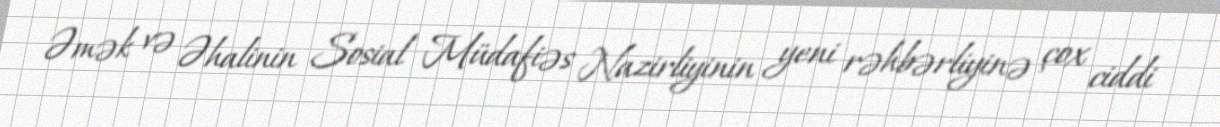
Əmək və Əhalinin Sosial Müdafiəs Nazirliyinin yeni rəhbərliyinə çox ciddi